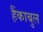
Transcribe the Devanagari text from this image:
हैंकाबुल